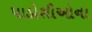
પાડોશીઓના